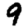
Digit: 9